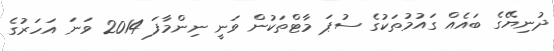
ދުނިޔޭގެ ބައެއް ގައުމުތަކުގެ ސުޕަ މާޓްތަކުން ވަނީ ނިންމާފަ 2014 ވަނަ އަހަރުގެ